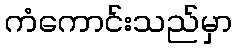
ကံကောင်းသည်မှာ